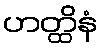
ဟတ္ထိနံ